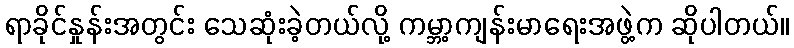
ရာခိုင်နှုန်းအတွင်း သေဆုံးခဲ့တယ်လို့ ကမ္ဘာ့ကျန်းမာရေးအဖွဲ့က ဆိုပါတယ်။